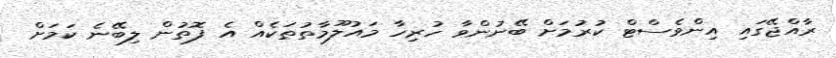
ރާއްޖޭގައި އިންވެސްޓް ކުރުމަށް ބޭނުންވާ ހުރިހާ މައުލޫމާތުތަކެއް އެ ފޮތުން ލިބޭނެ ކަމަށް